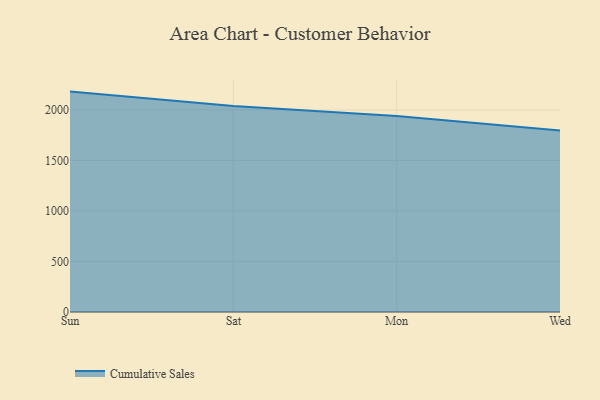
{"axis": {"x": "Day", "y": "Budget (USD K)"}, "legend": ["Cumulative Sales"], "data": [{"x": "Sun", "y": 2182.1, "type": "Cumulative Sales"}, {"x": "Sat", "y": 2040.2, "type": "Cumulative Sales"}, {"x": "Mon", "y": 1940.6, "type": "Cumulative Sales"}, {"x": "Wed", "y": 1797.7, "type": "Cumulative Sales"}]}